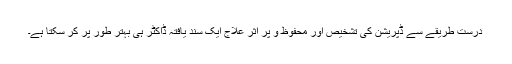
درست طریقے سے ڈپریشن کی تشخیص اور محفوظ و پُر اثر علاج ایک سند یافتہ ڈاکٹر ہی بہتر طور پر کر سکتا ہے۔